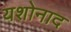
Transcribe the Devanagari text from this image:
यशोनाद